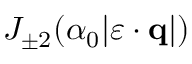
J _ { \pm 2 } ( \alpha _ { 0 } | \boldsymbol { \varepsilon } \cdot { \mathbf { q } } | )